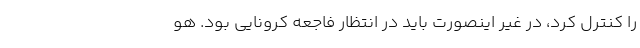
را کنترل کرد، در غیر اینصورت باید در انتظار فاجعه کرونایی بود. هو